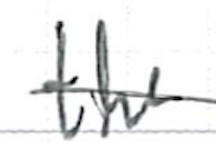
Text: the
Cross-out: single-line
Writing tool: ballpoint